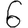
Digit: 6